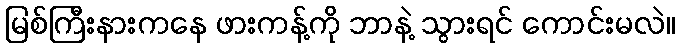
မြစ်ကြီးနားကနေ ဖားကန့်ကို ဘာနဲ့ သွားရင် ကောင်းမလဲ။